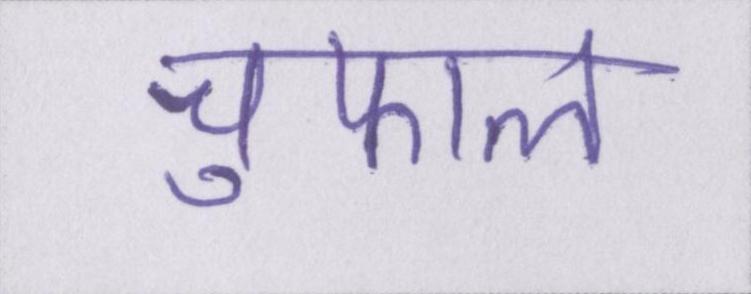
चुफाल